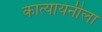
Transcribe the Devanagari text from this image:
कात्यायनीला